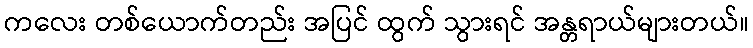
ကလေး တစ်ယောက်တည်း အပြင် ထွက် သွားရင် အန္တရာယ်များတယ်။